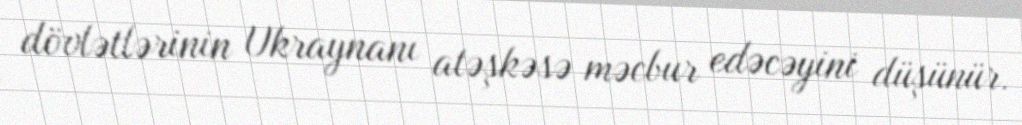
dövlətlərinin Ukraynanı atəşkəsə məcbur edəcəyini düşünür.